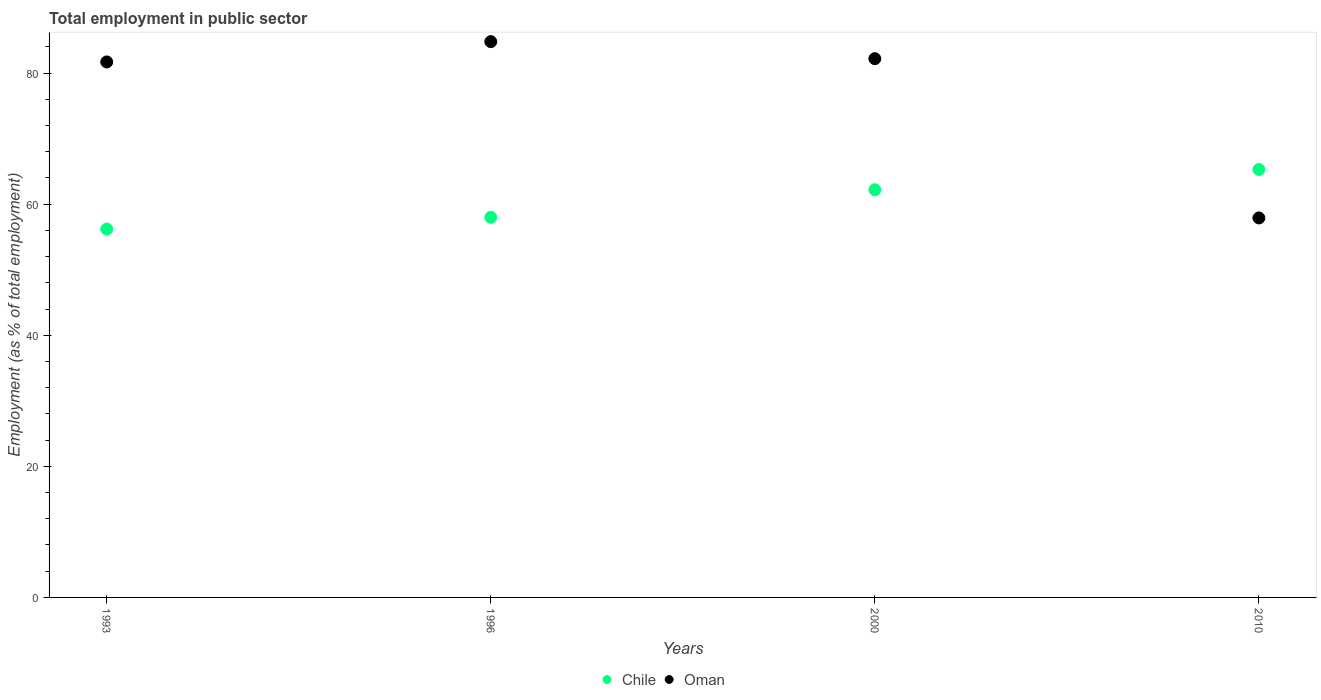
| Years | Chile | Oman |
 | --- | --- | --- |
 | 1993 | 56.2 | 81.7 |
 | 1996 | 58 | 84.8 |
 | 2000 | 62.2 | 82.2 |
 | 2010 | 65.3 | 57.9 |